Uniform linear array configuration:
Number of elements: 32
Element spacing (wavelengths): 0.5
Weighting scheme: kaiser
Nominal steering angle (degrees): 60
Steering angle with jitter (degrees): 60.305
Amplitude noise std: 0.05
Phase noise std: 0.05

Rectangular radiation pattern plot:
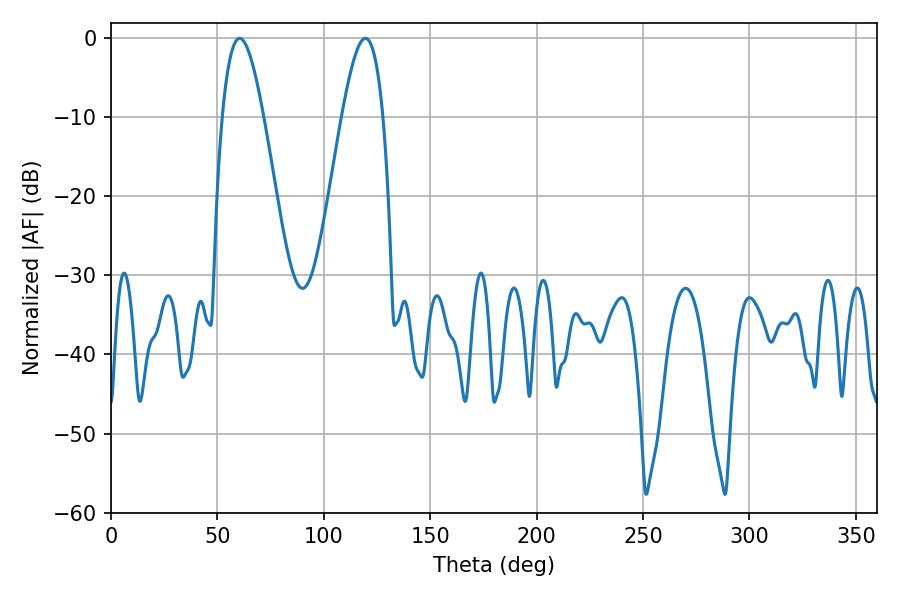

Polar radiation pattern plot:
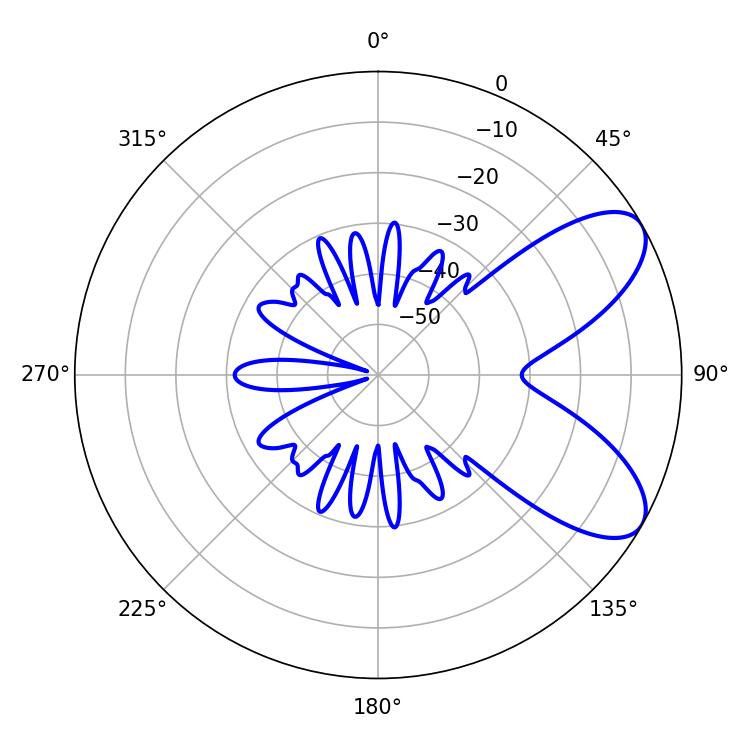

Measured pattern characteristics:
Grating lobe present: FALSE
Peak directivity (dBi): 7.591
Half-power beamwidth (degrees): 10.44
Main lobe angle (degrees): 60.48